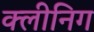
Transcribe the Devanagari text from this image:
क्लीनिग